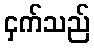
ငှက်သည်